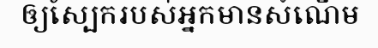
ឲ្យស្បែករបស់អ្នកមានសំណើម